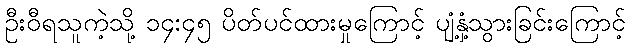
ဦးဝီရသူကဲ့သို့ ၁၄:၄၅ ပိတ်ပင်ထားမှုကြောင့် ပျံ့နှံ့သွားခြင်းကြောင့်